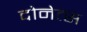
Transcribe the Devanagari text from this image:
दोनेत्स